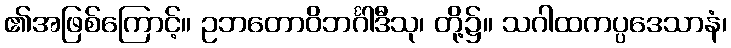
၏အဖြစ်ကြောင့်။ ဥဘတောဝိဘင်္ဂါဒီသု၊ တို့၌။ သဂါထကပ္ပဒေသာနံ၊